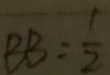
B B = \frac { 1 } { 2 }